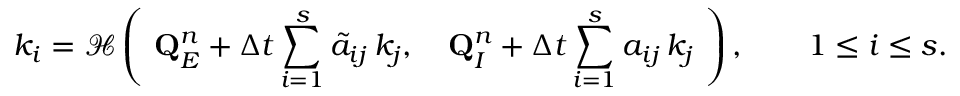
k _ { i } = \mathcal { H } \left( \, \, \mathbf { Q } _ { E } ^ { n } + { \Delta t } \sum _ { i = 1 } ^ { s } \tilde { a } _ { i j } \, k _ { j } , \quad \mathbf { Q } _ { I } ^ { n } + { \Delta t } \sum _ { i = 1 } ^ { s } a _ { i j } \, k _ { j } \, \, \right) , \qquad 1 \leq i \leq s .